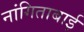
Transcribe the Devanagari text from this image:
नांगिताबाई